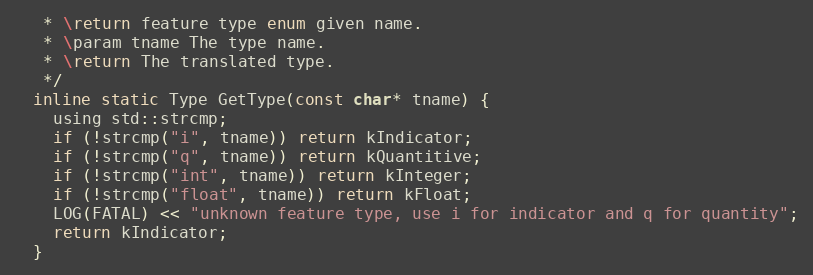
Language: C
   * \return feature type enum given name.
   * \param tname The type name.
   * \return The translated type.
   */
  inline static Type GetType(const char* tname) {
    using std::strcmp;
    if (!strcmp("i", tname)) return kIndicator;
    if (!strcmp("q", tname)) return kQuantitive;
    if (!strcmp("int", tname)) return kInteger;
    if (!strcmp("float", tname)) return kFloat;
    LOG(FATAL) << "unknown feature type, use i for indicator and q for quantity";
    return kIndicator;
  }